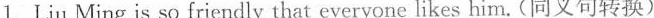
1.Liu Ming is so friendly that everyone likes him.(同义句转换)